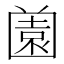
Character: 𡈤